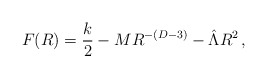
\begin{align*}F(R)= {k \over 2} - MR^{-(D-3)} - \hat\Lambda R^2 \, ,\end{align*}